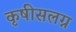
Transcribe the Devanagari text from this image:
कृषीसलग्न